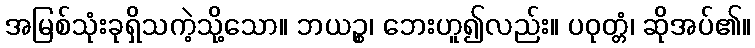
အမြစ်သုံးခုရှိသကဲ့သို့သော။ ဘယဉ္စ၊ ဘေးဟူ၍လည်း။ ပဝုတ္တံ၊ ဆိုအပ်၏။